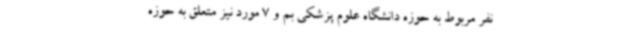
نفر مربوط به حوزه دانشگاه علوم پزشکی بم و 7 مورد نیز متعلق به حوزه